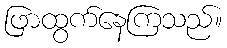
ဖြာထွက်နေကြသည်။